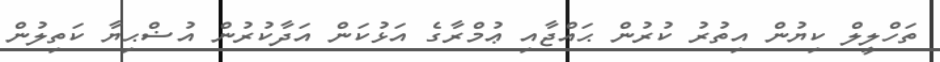
ތަހްލީލް ކިޔުން އިތުރު ކުރުން ޙައްޖާއި ޢުމްރާގެ އަޅުކަން އަދާކުރުން އުޟްޙިޔާ ކަތިލުން